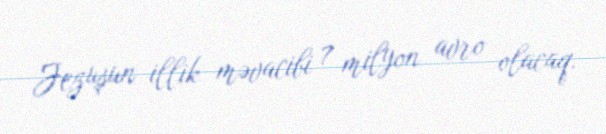
Jezuşun illik məvacibi 7 milyon avro olacaq.